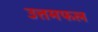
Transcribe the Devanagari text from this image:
उत्तमफल